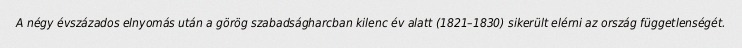
A négy évszázados elnyomás után a görög szabadságharcban kilenc év alatt (1821–1830) sikerült elérni az ország függetlenségét.